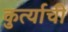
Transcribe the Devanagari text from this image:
कुर्त्याची